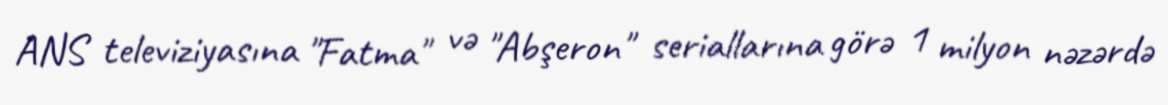
ANS televiziyasına "Fatma" və "Abşeron" seriallarına görə 1 milyon nəzərdə